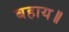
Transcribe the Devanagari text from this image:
बहाय॥